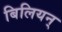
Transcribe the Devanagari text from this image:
बिलियन्